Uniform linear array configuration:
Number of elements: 16
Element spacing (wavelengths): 0.5
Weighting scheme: kaiser
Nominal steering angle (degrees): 0
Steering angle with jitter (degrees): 0.3822
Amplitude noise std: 0.05
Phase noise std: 0.05

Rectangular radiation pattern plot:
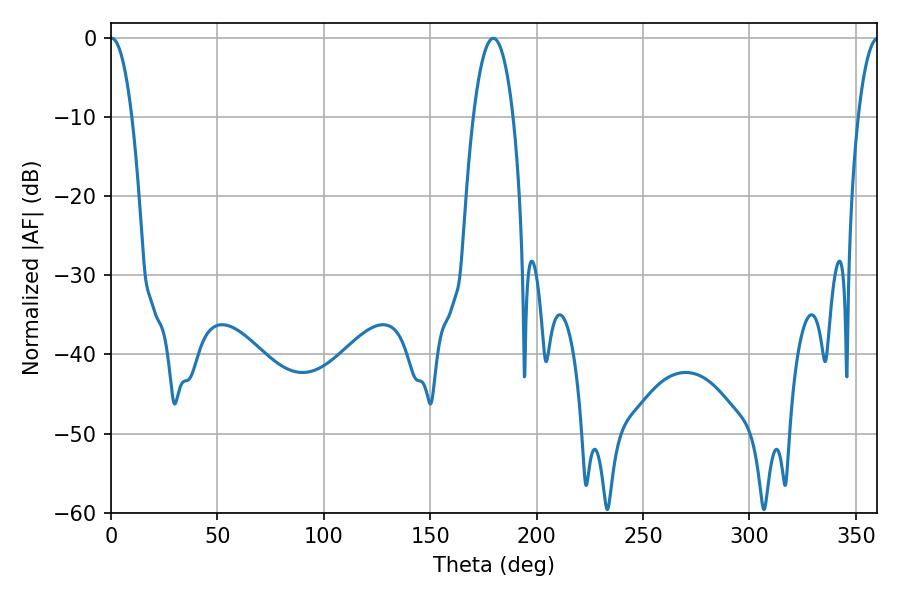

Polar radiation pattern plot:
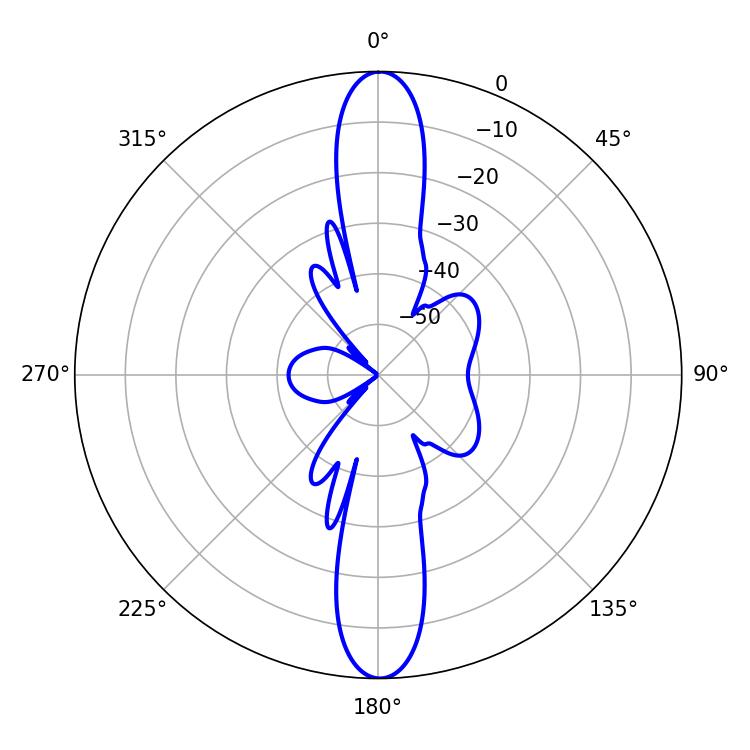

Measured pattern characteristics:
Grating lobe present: FALSE
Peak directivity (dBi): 28.405
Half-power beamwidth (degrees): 5.58
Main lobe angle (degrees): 0.36